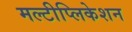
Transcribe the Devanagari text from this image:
मल्टीप्लिकेशन